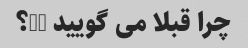
چرا قبلا می گویید bf؟